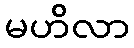
မဟိလာ